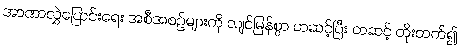
အာဏာလွှဲပြောင်းရေး အစီအစဉ်များကို လျင်မြန်စွာ တဆင့်ပြီး တဆင့် တိုးတက်၍